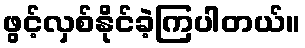
ဖွင့်လှစ်နိုင်ခဲ့ကြပါတယ်။